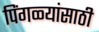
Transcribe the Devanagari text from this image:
पिंगळ्यांसाठी